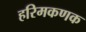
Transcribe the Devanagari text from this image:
हरिमकणक